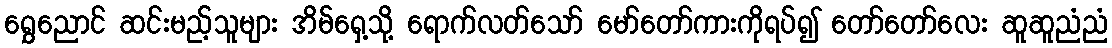
ရွှေညောင် ဆင်းမည့်သူများ အိမ်ရှေ့သို့ ရောက်လတ်သော် မော်တော်ကားကိုရပ်၍ တော်တော်လေး ဆူဆူညံညံ